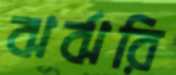
ঝর্ঝরি